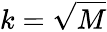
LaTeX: k=\sqrt{M}